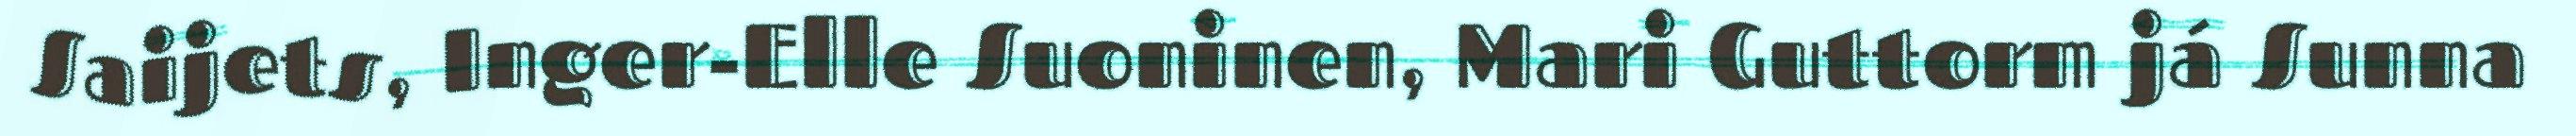
Saijets, Inger-Elle Suoninen, Mari Guttorm já Sunna